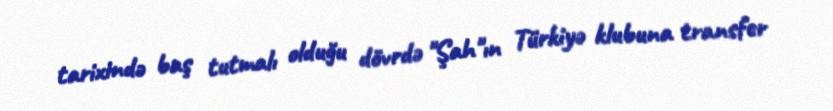
tarixində baş tutmalı olduğu dövrdə "Şah"ın Türkiyə klubuna transfer